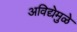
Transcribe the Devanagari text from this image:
अविद्येमुळे